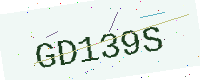
Text: GD139S